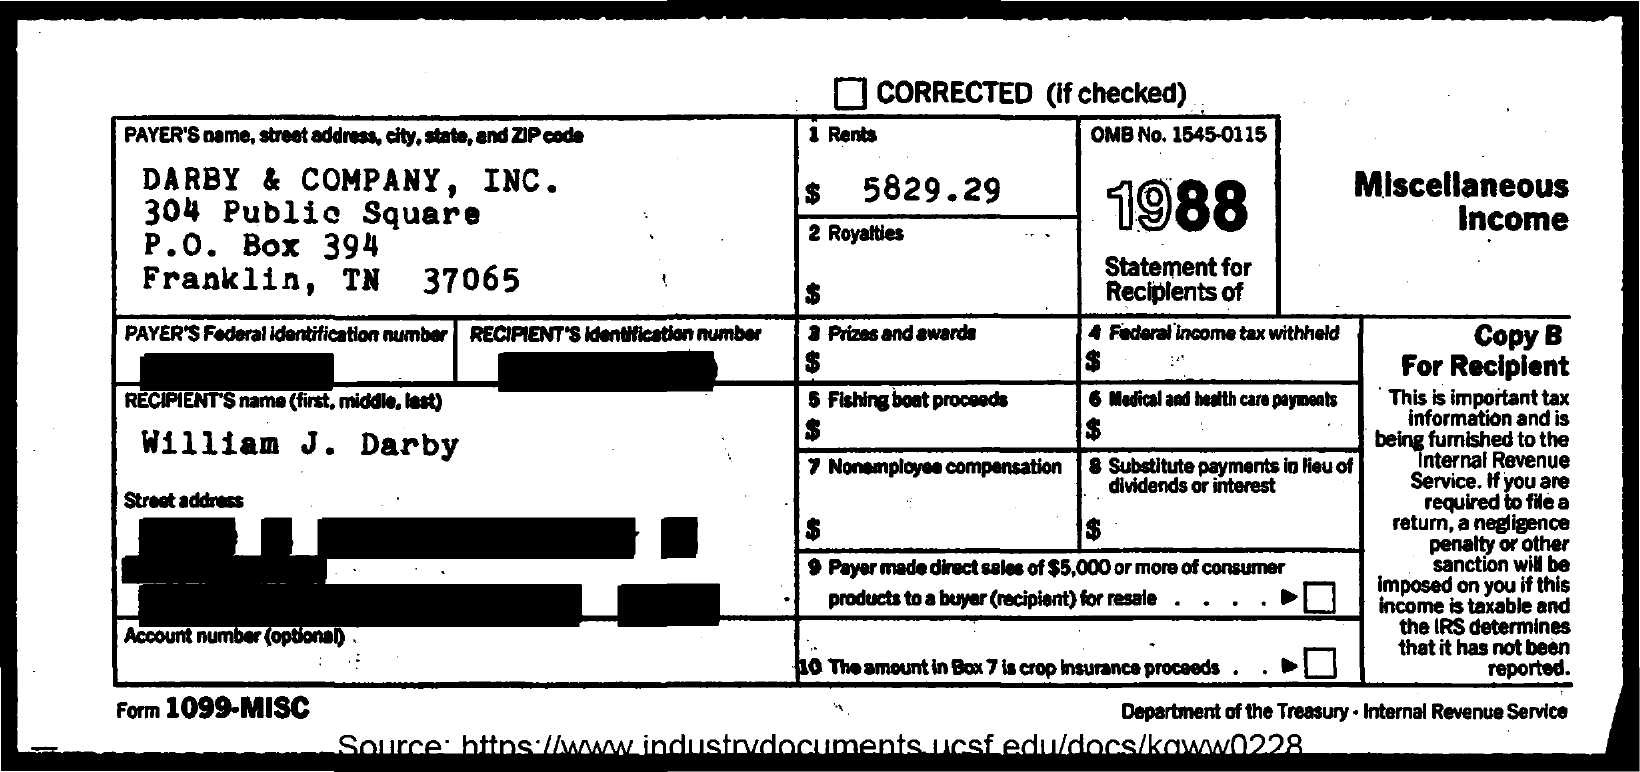
CORRECTED    (if checked)
     PAYER'S name, street address, city, state, and ZIP code 1 Rents    OMB No. 1545-0115
     DARBY    &  COMPANY,    INC.
     304  Public    Square
     $   5829.29    1988
     Miscellaneous
     P.O.    Box   394
     2 Royalties
     Income
     Franklin,    TN    37065
     Statement for
     $    Recipients of
     PAYER'S Federal identification number RECIPIENT'S identification number 3 Prizes and awards 4 Federal income tax withheld Copy B
     $    $    For Recipient
     RECIPIENT'S name (first, middle, last)    6 Fishing boat proceeds 6 Medical and health care payments ' This is important tax
     William    J.   Darby
     $    $    information and is
     being furnished to the
     7 Nonemployee compensation 8 Substitute payments in lieu of Internal Revenue
     Service. If you are
     Street address
     dividends or interest
     required to file a
     $    return, a negligence
     penalty or other
     9 Payer made direct sales of $5,000 or more of consumer sanction will be
     products to a buyer (recipient) for resale .
     imposed on you if this
     income is taxable and
     Account number (optional)    the IRS determines
     that it has not been
     10 The amount in Box 7 is crop insurance proceeds    reported.
     Form 1099-MISC    Department of the Treasury - Internal Revenue Service
     Source:  https://www.industrydocuments.    ucsf.edu/docs/koww.0228